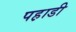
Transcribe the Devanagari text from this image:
पह़ाडी